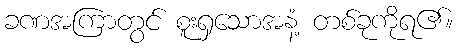
ခဏအကြာတွင် စူးရှသောအနံ့ တစ်ခုကိုရ၏။